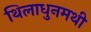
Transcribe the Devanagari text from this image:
थिलाधुनमथी